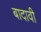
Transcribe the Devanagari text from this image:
बादावी